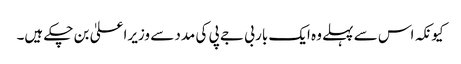
کیونکہ اس سے پہلے وہ ایک بار بی جے پی کی مدد سے وزیراعلیٰ بن چکے ہیں۔